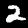
Label: 2